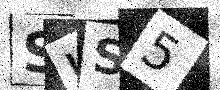
Text: SUS5